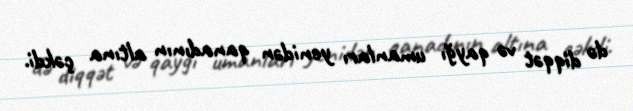
də diqqət və qayğı umanları yenidən qanadının altına çəkdi.